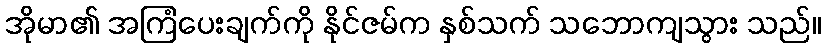
အိုမာ၏ အကြံပေးချက်ကို နိုင်ဇမ်က နှစ်သက် သဘောကျသွား သည်။